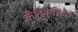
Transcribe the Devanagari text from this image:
कलकृतियां